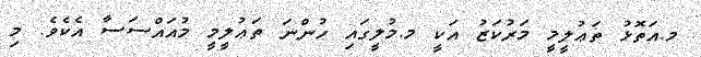
މ.އަތޮޅު ތަޢުލީމީ މަރުކަޒު އަކީ މ.މުލީގައި ހުންނަ ތަޢުލީމީ މުއައްސަސާ އެކެވެ. މި